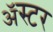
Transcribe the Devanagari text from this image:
ॲस्टर